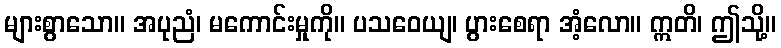
များစွာသော။ အပုညံ၊ မကောင်းမှုကို။ ပသဝေယျ၊ ပွားစေရာ အံ့လော။ ဣတိ၊ ဤသို့။